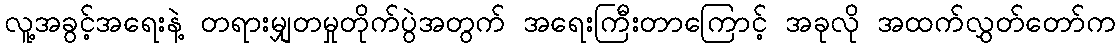
လူ့အခွင့်အရေးနဲ့ တရားမျှတမှုတိုက်ပွဲအတွက် အရေးကြီးတာကြောင့် အခုလို အထက်လွှတ်တော်က